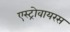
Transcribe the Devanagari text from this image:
एस्ट्रोवायरस